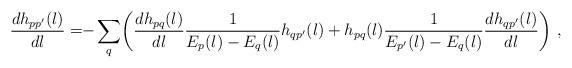
LaTeX: \begin{align*}\frac{d h_{pp'}(l)}{dl} = \!\!-\sum_q\!\left( \frac{dh_{pq}(l)}{dl} \frac{1} {E_p(l)-E_q(l)}h_{qp'}(l) +h_{pq}(l)\frac{1} {E_{p'}(l)-E_{q}(l)} \frac{dh_{qp'}(l)}{dl} \right)\,,\end{align*}